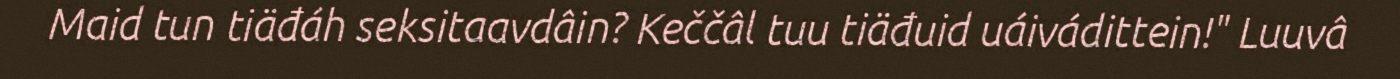
Maid tun tiäđáh seksitaavdâin? Keččâl tuu tiäđuid uáivádittein!" Luuvâ